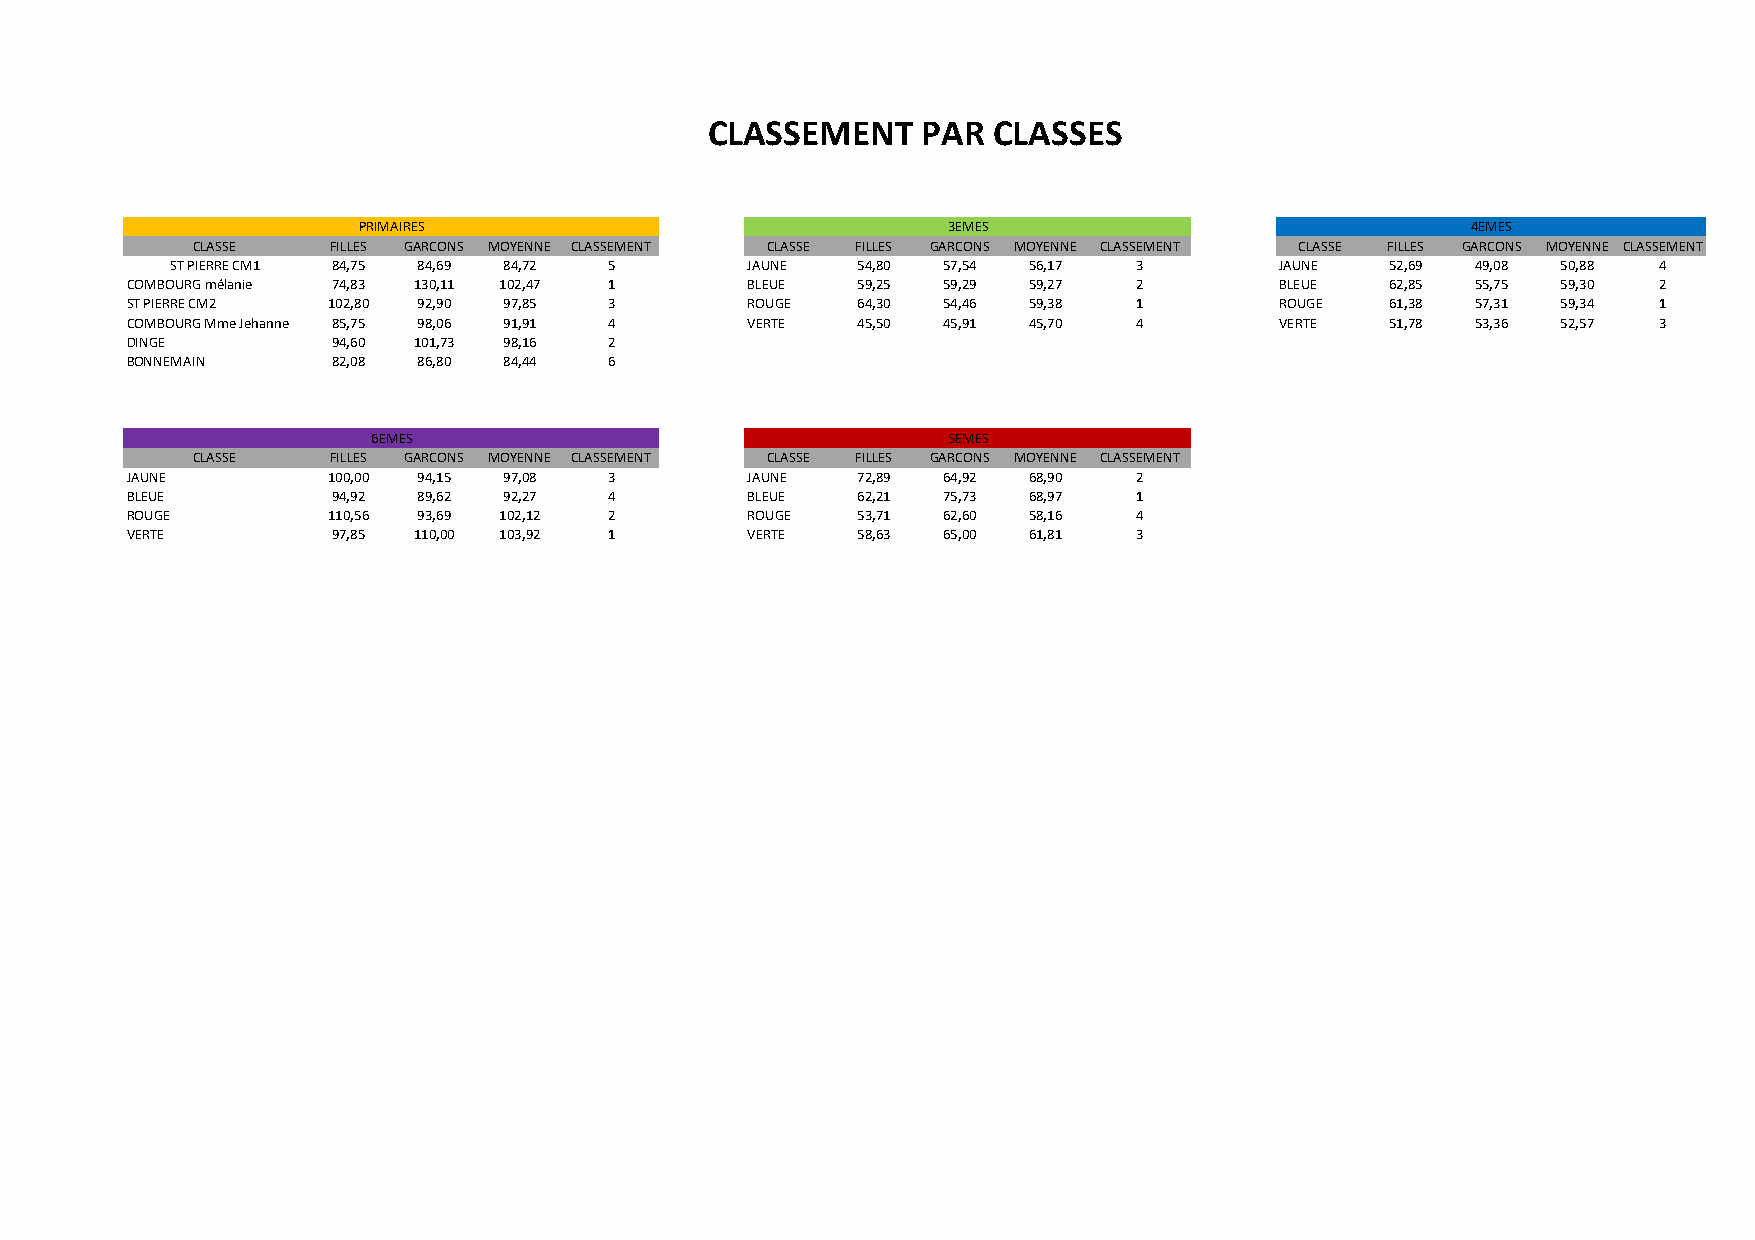
CLASSEMENT    PAR  CLASSES
 PRIMAIRES                              3EMES                             4EMES
 CLASSE   FILLES GARCONS MOYENNE CLASSEMENT CLASSE FILLES GARCONS MOYENNE CLASSEMENT CLASSE FILLES GARCONS MOYENNE CLASSEMENT
 ST PIERRE CM1 84,75 84,69 84,72 5     JAUNE   54,80 57,54 56,17 3         JAUNE  52,69 49,08 50,88 4
 COMBOURG mélanie 74,83 130,11 102,47 1   BLEUE   59,25 59,29 59,27 2         BLEUE  62,85 55,75 59,30 2
 ST PIERRE CM2 102,80 92,90 97,85 3       ROUGE   64,30 54,46 59,38 1         ROUGE  61,38 57,31 59,34 1
 COMBOURG Mme Jehanne 85,75 98,06 91,91 4 VERTE   45,50 45,91 45,70 4         VERTE  51,78 53,36 52,57 3
 DINGE         94,60 101,73 98,16 2
 BONNEMAIN     82,08 86,80 84,44 6
 6EMES                                 5EMES
 CLASSE   FILLES GARCONS MOYENNE CLASSEMENT CLASSE FILLES GARCONS MOYENNE CLASSEMENT
 JAUNE         100,00 94,15 97,08 3       JAUNE   72,89 64,92 68,90 2
 BLEUE         94,92 89,62 92,27 4        BLEUE   62,21 75,73 68,97 1
 ROUGE         110,56 93,69 102,12 2      ROUGE   53,71 62,60 58,16 4
 VERTE         97,85 110,00 103,92 1      VERTE   58,63 65,00 61,81 3